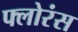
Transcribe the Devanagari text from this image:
फ्लोरंस